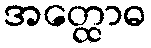
အတ္ထောဓ